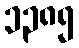
၁၃၈၅